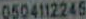
0504112245